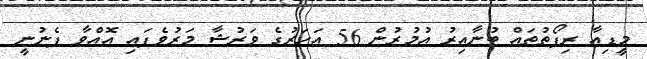
މީޑިއާ ރިޕޯތުތައް ބުނާއިރު އުމުރުން 56 އަހަރުގެ ވަރުޝާ މަރުވެފައި އޮއްވާ ފެނުނީ